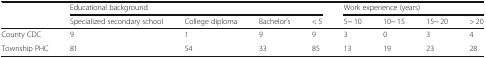
<table><thead><tr><td></td><td colspan="4"><b>Educational background</b></td><td colspan="4"><b>Work experience (years)</b></td></tr><tr><td></td><td><b>Specialized secondary school</b></td><td><b>College diploma</b></td><td><b>Bachelor’s</b></td><td><b>&lt; 5</b></td><td><b>5~ 10</b></td><td><b>10~ 15</b></td><td><b>15~ 20</b></td><td><b>&gt; 20</b></td></tr></thead><tbody><tr><td>County CDC</td><td>9</td><td>1</td><td>9</td><td>9</td><td>3</td><td>0</td><td>3</td><td>4</td></tr><tr><td>Township PHC</td><td>81</td><td>54</td><td>33</td><td>85</td><td>13</td><td>19</td><td>23</td><td>28</td></tr></tbody></table>